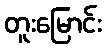
တူးမြောင်း